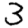
Digit: 3